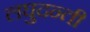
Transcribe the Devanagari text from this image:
लघुदन्ती